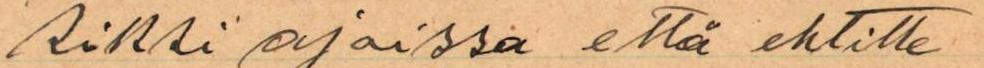
siksi ajoissa että ehtitte